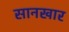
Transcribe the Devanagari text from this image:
सानखार